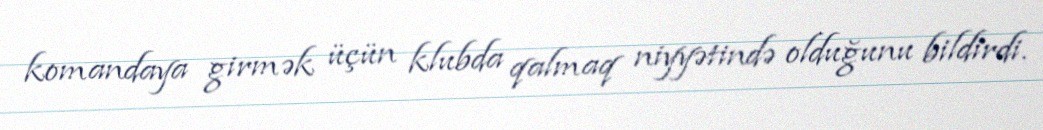
komandaya girmək üçün klubda qalmaq niyyətində olduğunu bildirdi.